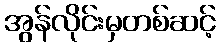
အွန်လိုင်းမှတစ်ဆင့်